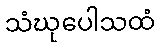
သံဃုပေါသထံ